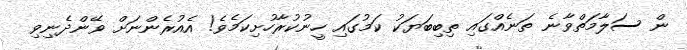
ން ސަލާމަތްވާނެ ތަނެއްގައި ތިބިބަޔަކު ކަމުގައި ހީނުކުރާހުށިކަމެވެ! އެއުރެންނަށް ވޭންދެނިވި